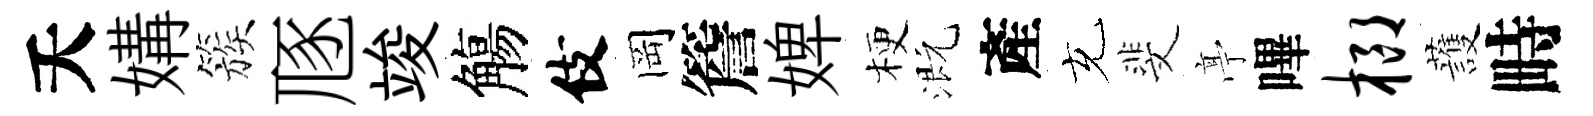
夭媾簇豗竣觴伎岡簷婢梗溉產充斐𠅘嗶榔䕶畤